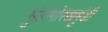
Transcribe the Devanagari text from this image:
मुंडीगोरखमुंडी